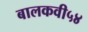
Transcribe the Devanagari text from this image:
बालकवी५४